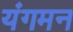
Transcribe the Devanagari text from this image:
यंगमन